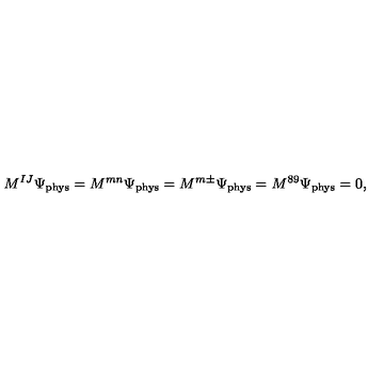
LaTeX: M ^ { I J } \Psi _ { \mathrm { p h y s } } = M ^ { m n } \Psi _ { \mathrm { p h y s } } = M ^ { m \pm } \Psi _ { \mathrm { p h y s } } = M ^ { 8 9 } \Psi _ { \mathrm { p h y s } } = 0 ,